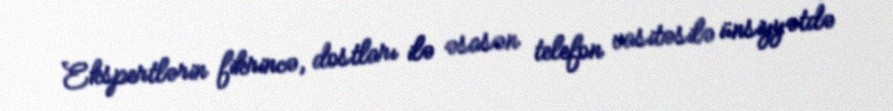
Ekspertlərin fikrincə, dostları ilə əsasən telefon vasitəsilə ünsiyyətdə